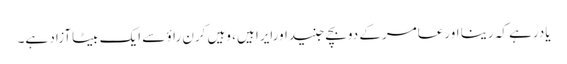
یادرہے کہ رینا اورعامرکے دوبچے جنیداورایرا ہیں، وہیں کرن راؤ سے ایک بیٹاآزاد ہے۔